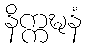
နိက္ကဍ္ဎနံ